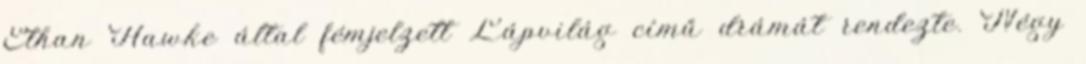
Ethan Hawke által fémjelzett Lápvilág című drámát rendezte. Négy